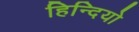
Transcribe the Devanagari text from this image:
हिन्दियो